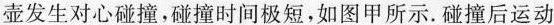
壶发生对心碰撞，碰撞时间极短，如图甲所示。碰撞后运动